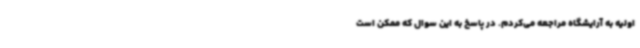
اولیه به آرایشگاه مراجعه می‌کردم. در پاسخ به این سوال که ممکن است